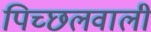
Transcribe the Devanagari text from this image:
पिच्छलवाली